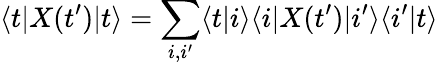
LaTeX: \langle t|X(t^{\prime})|t\rangle=\sum_{i,i^{\prime}}\langle t|i\rangle\langle i|X(t^{\prime})|i^{\prime}\rangle\langle i^{\prime}|t\rangle